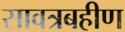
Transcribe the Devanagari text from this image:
सावत्रबहीण